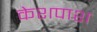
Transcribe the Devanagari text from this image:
केशपाश